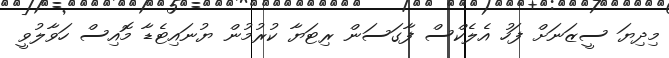
މިދިޔަ ސީޒަނަށް ފަހު އެލެކްސް ފާގަސަން ރިޓަޔާ ކުރުމުން ޔުނައިޓެޑާ މޮއިސް ހަވާލުވީ